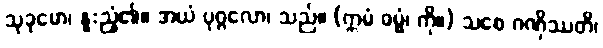
သုခုမော၊ နူးညံ့၏။ အယံ ပုဂ္ဂလော၊ သည်။ (ဣမံ ဓမ္မံ၊ ကို။) သစေ ဂဏှိဿတိ၊